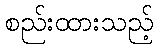
စည်းထားသည့်